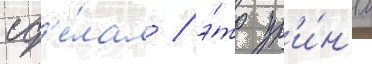
сд'е́лал / э́то пр'и́н'ял